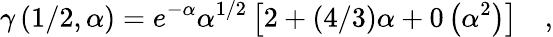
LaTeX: \gamma\left(1/2,\alpha\right)=e^{-\alpha}\alpha^{1/2}\left[2+(4/3)\alpha+0\left(\alpha^{2}\right)\right]\quad,